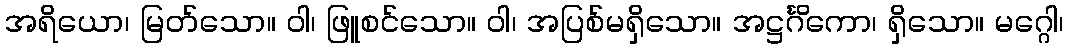
အရိယော၊ မြတ်သော။ ဝါ၊ ဖြူစင်သော။ ဝါ၊ အပြစ်မရှိသော။ အဋ္ဌင်္ဂိကော၊ ရှိသော။ မဂ္ဂေါ၊